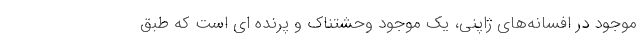
موجود در افسانه‌های ژاپنی، یک موجود وحشتناک و پرنده ای است که طبق